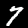
Digit: 7